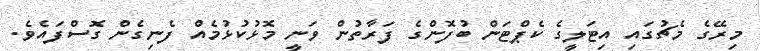
މިރޭގެ މެޗުގައި އިޓަލީގެ ކެޕްޓަން ބުފޮންގެ ފަރާތުން ވަނީ މޮޅުކުޅުމެއް ފެނިގެން ގޮސްފައެވެ.